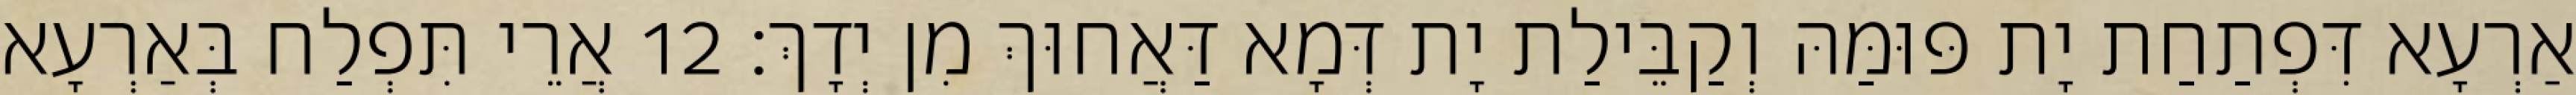
אַרְעָא דִּפְתַחַת יָת פּוּמַּהּ וְקַבֵּילַת יָת דְּמָא דַּאֲחוּךְ מִן יְדָךְ׃ 12 אֲרֵי תִּפְלַח בְּאַרְעָא